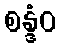
စန္ဒံဝ